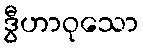
ဒွီဟာဝုသော